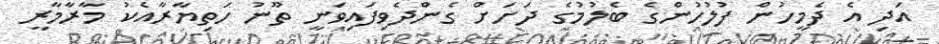
އަދި އެ ދެމީހުން ފުލުހުންގެ ބެލުމުގެ ދަށަށް ގެންދެވިފައިވަނީ ތޫނު ހަތިޔާރާއެކު މާރާމާރީ